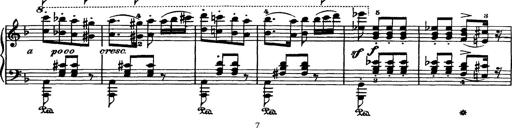
Title: Hungarian Rhapsody No.7
Composer: Franz Liszt
Key: D minor